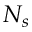
N _ { s }